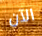
الآن